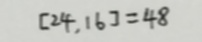
[ 2 4 , 1 6 ] = 4 8